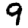
Digit: 9